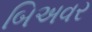
બિઅવર